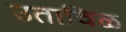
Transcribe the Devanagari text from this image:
उताविळ